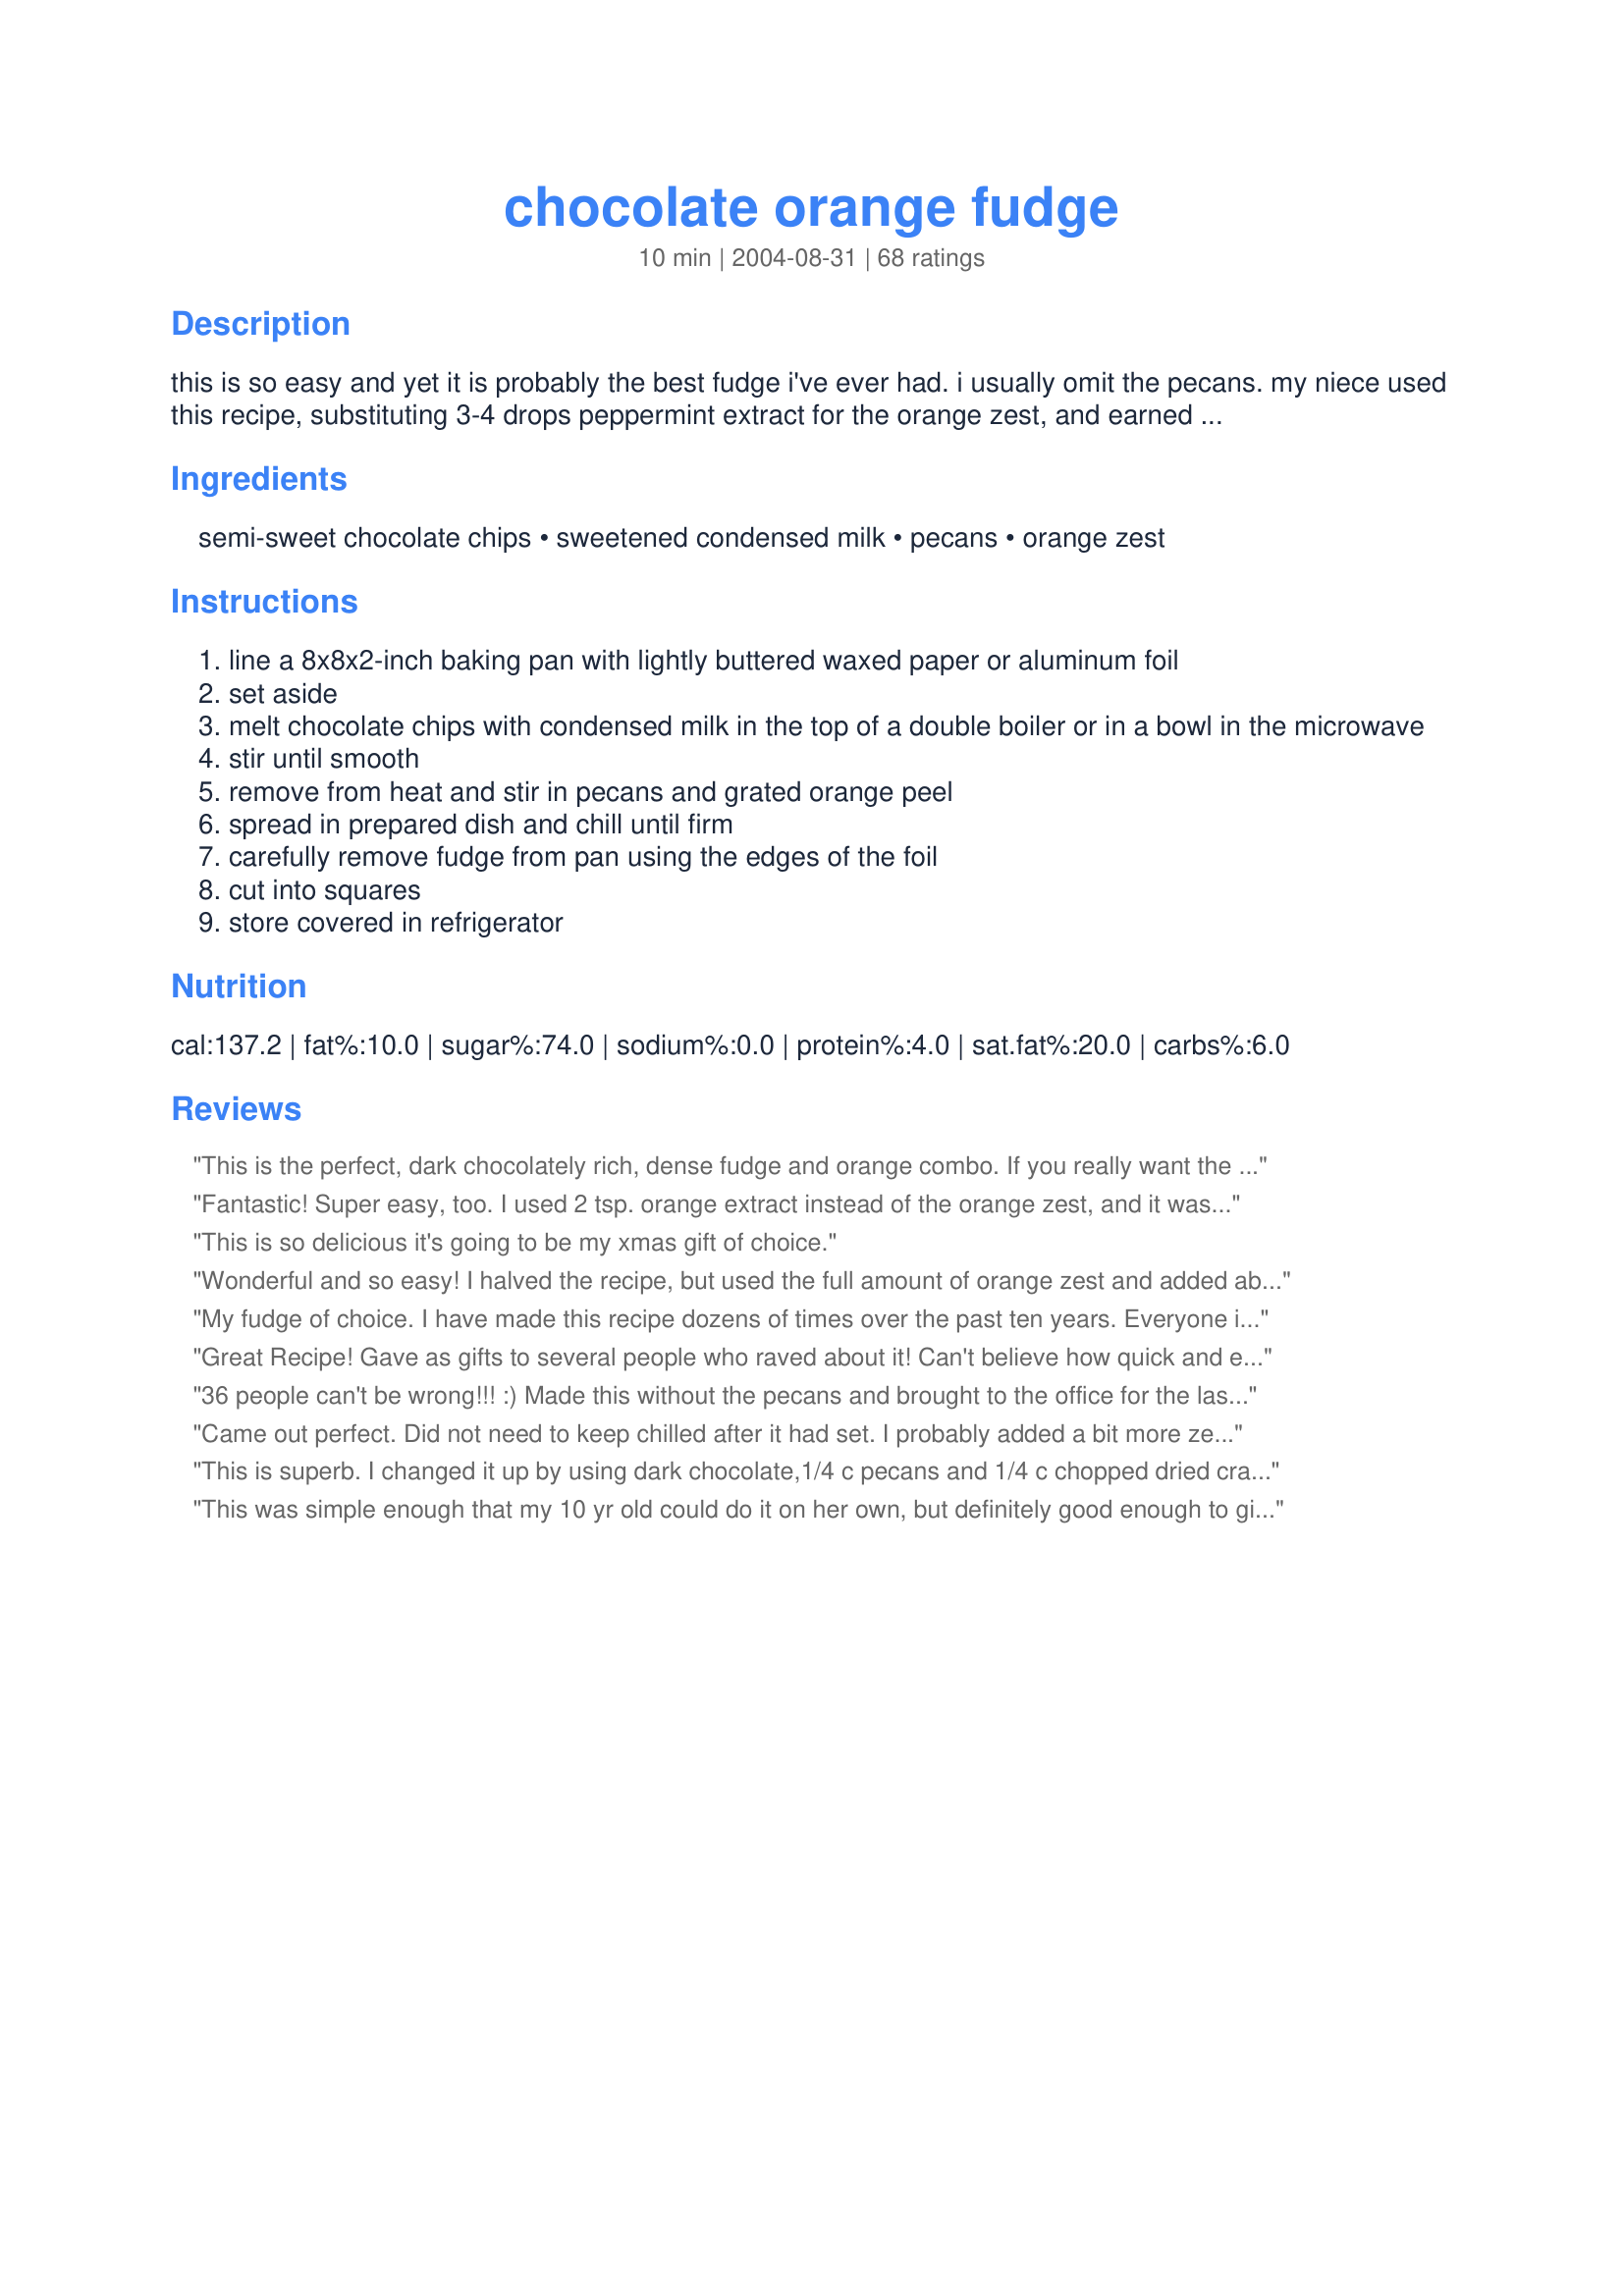
chocolate orange fudge
Preparation time: 10 minutes

this is so easy and yet it is probably the best fudge i've ever had. i usually omit the pecans. my niece used this recipe, substituting 3-4 drops peppermint extract for the orange zest, and earned a blue ribbon at the county fair. even my 12-16 year old 4h girls had no problems making it. note: make sure you use fresh orange zest. dried will make the fudge bitter. also make sure you don't get any of the bitter white part of the rind when you are zesting your orange.

Ingredients:
semi-sweet chocolate chips, sweetened condensed milk, pecans, orange zest

Steps:
line a 8x8x2-inch baking pan with lightly buttered waxed paper or aluminum foil
set aside
melt chocolate chips with condensed milk in the top of a double boiler or in a bowl in the microwave
stir until smooth
remove from heat and stir in pecans and grated orange peel
spread in prepared dish and chill until firm
carefully remove fudge from pan using the edges of the foil
cut into squares
store covered in refrigerator

Reviews:
This is the perfect, dark chocolately rich, dense fudge and orange combo. If you really want the orange to give a punch, I suggest adding 3 teaspoons of orange zest. Make sure your orange zest comes from an orange with thick, ripe skin.

I have been making this recipe for 3 years now and found that I have to melt the chocolate chips first and then add the milk. Otherwise it gets too thick and I cannot mix it.

My husband melted the chips and I added the milk and orange peel. 

We had to work quickly once the milk went in because it does thicken. We spread it in a baking dish lined with parchment paper and let it chill for 2 hours before cutting. I love the truffles idea and am going to attempt to do that with our next batch. Thanks!
Fantastic! Super easy, too. I used 2 tsp. orange extract instead of the orange zest, and it was perfect. I made one batch without nuts and used chopped walnuts for the other, since it was what I had on hand. Today, I am going to try and make a mint variation. Thanks for the recipe, Marg!
This is so delicious it's going to be my xmas gift of choice.
Wonderful and so easy! I halved the recipe, but used the full amount of orange zest and added about 1 teaspoon of Triple Sec. After chilling, I rolled into truffles and then in cocoa powder. Served on a bed of mini chocolate chips and long, thin orange zest shavings, they were a hit! I can't wait to try them with other flavors; thank you!
My fudge of choice. I have made this recipe dozens of times over the past ten years. Everyone is correct that it disappears. I bring the ingredients to work and and make in my microwave I have there. It amazes everyone to see it made. For gifts I cut it into squares and roll those into truffle balls then roll in or sprinkle with cocoa powder. It makes a very elegant gift that way. I use 3 - 4 drops of Orange Oil by Nature's Flavors when I am making orange fudge, but Nature's Flavors has so many wonderful oil concentrates the possibilities are endless. Please try this fudge. You'll never make another.
Great Recipe! Gave as gifts to several people who raved about it! Can't believe how quick and easy this recipe was. Thanks for posting!
36 people can't be wrong!!! :) Made this without the pecans and brought to the office for the last day of work before Christmas... these were gone within minutes!! (Glad I kept a few at home!! ;) - this is easy, sweet and oh so good!! Thanks Marg for a fudge recipe that I will be making again and again!! :)
Came out perfect. Did not need to keep chilled after it had set. I probably added a bit more zest than listed.
This is superb. I changed it up by using dark chocolate,1/4 c pecans and 1/4 c chopped dried cranberries num num
kpb
This was simple enough that my 10 yr old could do it on her own, but definitely good enough to give for gifts. The first time we used grated orange peel (the kind in a jar in the spice aisle) and the orange flavor was barely discernable. The next time we tried fresh orange zest and it was better. I have some orange extract and we'll try adding a dash of that next time, since we're all huge chocolate-orange fiends and like the stronger flavor combo. Orange taste or not, this is a simple but very good fudge, very smooth and not overly sweet (we used a combination of semi-sweet and milk chocolate chips). We haven't tried the pecans yet but I'm sure one of these times we'll toss them in as well. Thanks so much for posting!
YUM!!! This was so good that we ate almost the whole batch in one night. I did have a bit of trouble initially trying to get the chocolate and condensed milk to melt and smoothen but I think it was because I had the double boiler on too high of a temperature. Oh well, the taste was still the best, and it was so simple to put it together. I will definately be making this again.
This fudge is delicious! I have never made fudge before. I've always been too scared to try. This seemed easy enough, and it was! I will definitely make this again. Thank you for a great recipe.
This is amazing! I brought half a batch in to work yesterday, and it was gone in minutes! I brought the other half today and it disappeared! My mother, who is very picky, loved it, and I'm making two batches for a friend's sweet trays for their wedding. I used orange flavour instead of zest. I'm going to try Cointreau in the next batch. Our cans are 12oz, so I used 2 cups and a handfull of chips and it worked beautifully. Melted in a glass measuring cup in the microwave. Thanks!

Update: I just made a batch of these with zest, and the orange flavour really comes through. I'm finding the two cups and a handfull too little though. I'm going to bring it up to 2 1/2 cups of chips with our 10oz can so they don't get so soft if you leave them out for a bit. Still taste amazing.
I made this just as directed and I LOVED the flavor. Not sure I am 100% fan of the consistancy...I like my fudge a little more firm. But, have decided to make another batch and cook it a little longer to see if that makes a difference.
Just made this plain for a first run. Creamy, and yummy. So easy. Next time I'll add nuts, and will like it even better. Thank you, I told Mom I'd do fudge for Dad because she just had surgery. With a baby it was going to have to happen after he was in bed. This was so easy, I made it while he played on the floor. He saw the chocolate chips and started to scream (Mom gave him one last time we stopped by when I was doing laundry). He likes fudge now, too. Lucky for him I make it whenever Dad needs a fix, and at Christmas, but not weekly. This was so easy it could be made weekly, but then I would really gain weight.:)
Really really nice. The only thing is that it didn&#039;t settle enough for me to cut pieces. That is probaby because I used a little more milk (400g can).
Fantastic recipe! Very easy to follow, even for a rubbish cook like me, and the result was amazing! I can&#039;t wait to use this recipe again and experiment with flavours! Can&#039;t recommend it highly enough.
This was my first try at making fudge and it couldn't have been easier. I used the microwave and added 2 teaspoons orange extract. I omitted the pecans, this is a keeper!
wow, so good and so easy! I found that letting the fudge set in the refrigerator overnight made a big difference in the texture, even after it was brought back to room temp. I used dried cranberries in place of the nuts - orange cranberry fudge!!! Thanks for a really nice recipe.
With how much my family enjoyed this fudge, I wish I actually had a sweet tooth. They raved over this. Was planning on orange, but everyone wanted me to make peppermint.
Super recipe!
This recipe is so simple and good. I made 2 batches today, one with orange zest and Cointreau, the other one with Chambord, and instead of pecan (the only kind of nut I don't like too much), I added chopped walnut and almond. Turns out very well. This will definitely be one item in my xmas gifts.
I really liked the simplicity of this recipe. I doubled it and made half peppermint (4teas peppermint extract) and half with pecans. I never added any orange flavoring. It adapted well. This was a big hit at Christmas!
Just fantastic!
Incredible!!! So many people raved about this fudge (which I have made twice in a week already!) and I felt a twinge of guilt about the fact that it only took about five minutes to prepare, from start to finish!!! I have made fudge in the past which entailed a lot of time and fuss, and all I can say is that nothing compared to the ease, simplicity and taste of this recipe! Instead of using orange zest, I used 1 1/2 tsp of orange extract, and it tasted just like Chocolate Orange confectionery that can be bought in the candy section of grocery stores! (but softer)! I placed the condensed milk and Chocolate chips in a bowl, mixed it together, then nuked it in the microwave at power level 7 for three minutes. After mixing it with a wooden spoon until it was smooth and blended, I added the extract. So easy! This recipe will readily lend itself to experimentation. (and I WILL be experimenting!) Maybe next time I'll use white chocolate chips with almond extract, or maybe peanut butter chips! Thank you so much for posting, Marg!
I wouldn't really describe the end product of this recipe as fudge but everyone who tried it couldn't get enough of it. My friend won't let me make anymore bcos she's addicted to these and i'm spoiling her diet; Lol! I hadn't got any pecans so i omitted them and added 1/2 teaspoon of chilli powder (sounds weird but it honestly tastes good). Thanks for this fabulous recipe!
A truly decadent fudge. This fudge held its shape nicely and had a nice, smooth texture (not gritty). LOVE the orange. It made it taste similar to orange sticks. Yummie!!! I made three different fudges (#4075 & #68659) and this was my favoriate by far. Thanks, Marg.
I made two different fudge recipes for Christmas this year. The first go-round the fudge was made from scratch and was tedious to make. My family loved it and It turned out nice and creamy. Then I made this recipe. Wow..my family LOVED it and our friends begged for more. They raved about how the fudge just melted in your mouth with rich chocolaty flavor - then the orange kicked in! Sort of a one-two punch of tasty delight! I made lots of it for Christmas gifts and I cut it into big hunks, wrapped it in plastic wrap, put a beautiful ribbon around it and included a clear plastic knife for cutting off your own pieces. It was fudge to be proud of. From now on, this is the fudge I'll be making for gift giving. Quick and easy. What could be better? Oh yeah...don't forget the walnuts! Yum! Thanks Marg for submitting this wonderful recipe.
although, this candy had a great orange flavor, we didn't care for this. It's not what I consider fudge. My husband thought it was more on the chewy side. I also don't care to keep my fudges refrigerated. When I took it out of the refrigerator, the chocolate melted on our fingers. Sorry, I was really hoping to love this, seeing how it is so easy.
WORST fudge recipe I have ever had the misfortune of making! It gets one star from me because it apparently worked for other people. This garbage did not set properly, even after over 15 hours. Do NOT make this recipe unless you are willing to risk the colossal waste of time and money.
This was incredibly truly so yummy that my dad has requested me to make it every alternate weekend for dessert!! Truly a keeper:) Thank you very much for sharing!
It's amazing what a few ingredients can produce. I used 2 c bittersweet and 1/2 c semi-sweet and skipped the pecans. I will use this recipe from now on. Thanks!
Creamy, but way too sweet. Easy one to make!
What could possibly be easier -- and yet be so dang delicious??? I only add to what others have said -- what an easy fudge recipe -- and yes it DOES have feet because it truly can "walk off the plate". I used the grated orange zest and added a couple drops of orange extract. Peppermint is next!!!! Thanks Marg for sharing this recipe with all of us.
This gets credit for being easy but just didn't do much for me. Maybe using milk chocolate chips would have made it better. I hoped the sweet milk would sweeten up the chocolate but it really didn't and then the orange seemed to make the judge bitter. I love orange chocolate but I won't be making this again.
So easy and yummy. The first time I made it I used 1 bag of chocolate chips. It was good, but not as good as when I made it again and used the full 2 1/2 cups. I also omitted the nuts.

I have also melted the chocolate and condensed milk together then split the batch in half and made half peppermint and half orange. It's good both ways.
I absolutely love how easy this is to make and it's really creamy and rich. I'm not crazy about orange and chocolate so I substituted about 3tsp of Peppermint extract (I say "about" because I was making a double batch and 6 tsp was almost the whole bottle of extract so I just dumped the rest in :) )Then I topped it with crushed peppermint pieces and OH MY GOSH!!! it was so good. I had to keep hubby and daughter off of it since I was making it as gifts..I let them have SOME, I'm not that mean. I was trying this out because I was wanting something that was easy but looked impressive and tatsed great to make for teachers and I definitely found it! This is going in my permanent file.
Cadbury Orange Chocolate hello! This recipe is so easy a child could make it and it would turn out. It disappeared as fast as it was made. I used orange extract, 2 tsp., what flavor. I used my microwave for 2 min., mixed it up well with the extract, put it in the pan and let cool, then covered with foil and put it into the frig. 2 hrs. later it was set and ready. My son, husband, daughter-in- law and 3 teenage boys devoured all of it. Thank you very much.
Just a very easy yet excellent fudge to make. I used the pepermint extract (about a teaspoon) and it was great. Love easy and good stuff like this. Thanks for the post.
this is so creamy it practically melts in your mouth. We loved the hint of orange in this too. Great addition to our holiday trays. Thank you.
I made this for a chocolate party at work and both DH and I liked them (I made both the orange and the peppermint variety). I used zest from freshly picked oranges, yet we barely could detect the orange flavor. I used a 1/2 teaspoon of peppermint extract, and also had difficulty in identifying the flavor....so I added another 1/2 tsp. It seemed to work better. With the orange zest, I added chopped pecans, and nothing to the peppermint variety. We both liked the orange flavor better, albeit faint. It may be the nuts that drew us to that decision. All in all, it was a very good recipe, but not out of this world. This is an easy recipe to follow and to make. Thanks for posting, Marg.
I made this for the holidays and it was a big hit! This has now been added to my regular baking goodies. :-)
Wow - this fudge is wonderful! What could be better than an easy recipe with great results?! I used pure orange extract instead of the orange zest and it turned out great! Thanks for sharing - will make again!
I really enjoyed this fudge. Simple. Easy. Quick. I used dark chocolate and walnuts. I rate 4 stars as a recipe that I would do again and share with others. 5 stars is something I'm dying to make again and add to my home cookbook. The only reason I didn't do 5 stars is becuase I like the texture of Mackinaw Island fudge the most (which the make on cooled granite stone). Thanks for sharing!
This actually came out much better than I anticipated. I made it with orange extract and walnuts. I usually spend a ton of time each December baking like mad for my staff, but this year I didn't have time, so I sought out easy recipes. This was SO quick in the microwave. After the first batch, I decided I wanted mocha, too, so I made a batch and left out the orange extract. I added an individual packet of instant coffee to the milk before heating, and it came out perfect. Thanks for the simple recipe I can use year after year.
Perfect, easy orange fudge!! I skipped the nuts and the fudge was smooth and creamy, just wonderful. I chilled in the fridge for about an hour and then easily cut into bite-size pieces and returned them to the fridge for safe keeping - they turned out beautifully. The only trouble will be keeping them around long enough to share for Christmas... can't keep anyone out of them! Really great recipe, I plan to make the peppermint too!
WONDERFUL fudge! What a wonderful marriage of flavors! I did add an extra teaspoon of freshly grated zest, left out the nuts and used milk chocolate chips rather than the semi sweet. Made it for a dinner party, and it was a HUGE hit! I would recommend refrigerating over night or at least eight hours. I did mine for four and they were still slightly gooey. But still scrumptious! And the flavor of the orage did seem to come out more the next day. I don't know why. But Yummy!
Quick and easy ~ and delicious! I made a 2-layer chocolate and peanut butter fudge ~ pairing this fudge (used 1 tsp vanila extract instead of the orange zest) with Recipe #115656.
This was good, but the texture is different than typical fudge. This is absolutely smooth, without the grainyness I associate with fudge. I left out the orange zest and just left it chocolate and nuts. Next time I will use a blend of milk and dark chocolate.
I made this without the nuts too... Wonderful ! Smooth, and deceptive... it sets very solid, so I was a bit worried, but cuts easily with a decent amount of pressure (I didn't break my hand doing it) and it was still melt in your mouth soft once you took a piece or ..um... 4 !!! Our family aren't fans of orange peel so I used two teaspoons of orange essence... could have been a bit stronger for our taste at least 'cos the orange was only a vague after-taste of orange instead of a more predominant flavour (which DH really likes) I'm itching to make this with the peppermint in it and might even try a mix with some Tia Maria one time or Bailies ?... this will be my recipe of choice when DD's school asks for bake sale things for fundraising since it's just embarrasingly easy and fast to make and you just know that kids will leave telling you that they need something until the evening before... Now, no stress, I will have this recipe on hand to whip up and save the day :) Please see my rating system, an excellently deserved 5 stars! Thanks !
UPDATE: I've made this 4 times recently and I added 3 Tablespoons of peppermint essence to get the strength that's perfect for us. Mint is the prefered flavour here so far... this stuff practically walks off the plate when you have guests, so I'll be making this often in the future. Thanks !
Strangely enough, this fudge hasn't set. It does taste quite nice though but there's no way I would be able take it out of the tin - I think we're going to have to resort to eating it with spoons!
Yes!
I made this tasty fudge last night. I love chocolate + orange, so I followed the recipe exactly...including the zest.
I couldn&#039;t believe how fast and easy it was. The texture was smooth, and the fudge was creamy, with a nicely balanced orange flavor. The toasted nuts added crunchy texture. What a win!
I was very glad I tried this fudge! It was quite easy to make, and although I did use orange extract (3 drops), it came out wonderful. I am going to experiment with other flavors as well. Thank you Marg! :)
This fudge tastes like a Cadbury Chocolate orange! I added a tsp vanilla extract and 1/2 tsp orange extract and 2 Tablespoons of butter. Delicious!
These are great for someone like me who can't have gluten! I used the peppermint extract, and they flew off the plate at a party I hosted.<br/><br/>My only thought, and this sounds a little silly perhaps: be sure you are using sweetened condensed milk and not evaporated milk, as the latter would yield terrible, wet results.
Very, very, very good!
Fantastic, whipped this up this morning before work. Made in microwave as per another reviewers suggestion 3 minutes on 70% power. Didn't even stir during this time. Mixed together beautifully. I used about a cup each of milk and dark chocolate and half a cup on peppermint chocolate & about 1/2 tsp peppermint essence. Its in the fridge chilling now & the whole process took only 5 minutes. From the taste on the spoon this is going to be great. Is supposed to be a gift for this afternoon, hope it makes it there!
I've made this about five times already and keep forgetting to review it. It is yummy and beautifully simple to make. I never used the pecans, but did add a tsp of orange extract. I'll have to try the other variations some time, but I just keep making this one because it is so good.
This was so quick and easy and the texture is perfect - so smooth. It cuts beautifully too. I just have to work on getting the flavor to how I like it. I think the idea of half milk-chocolate half semi-sweet is a good one. I tried peppermint instead of the orange flavor so that might have been part of the problem. The dark chocolate might have been a better compliment to the orange flavor.
This is great. This is actually the one thing my brother in law requested I make as soon as he returned from Iraq.
I also top it with an orange glaze. I mix powdered sugar, and milk, with food coloring and orange extract. It makes it colorful, and adds a little something extra.
This looks lovely - I can't wait to try it!
Awesome and soooooo easy! My 6 and 8 year old boys love to help make this and eat it too:) So far we like the peppermint extract the best. Four drops gave it a subtle peppermint flavor and 7 drops gave it a little more distinct flavor. Thanks for the great recipe!
I LOVE this fudge recipe!! It is very versatile. I made it once with only the choc. chips, condensed milk and 1/2 tsp of orange extract, once with the choc. chips, cond. milk, and 1/2 tsp of peppermint extract and crushed candycane on top, and once with choc. chips, cond. milk, and walnuts. I used Nestle choc. chips and Borden Sweetened Condensed Milk and it set perfectly. It was solid, yet creamy. What an easy, yet delicious recipe!!!!
This was wonderful, and SO easy to make. It came out beautifully....put a smile on all our faces!
VERY easy, and turned out soooo well. It's delicious. DH loves it. I made it with mint this time, but I can't wait to try it with orange, that's what we really want....and then every other possible flavour :) this is the first time I've sucessfully made fudge, and I am so happy I tried this recipe. Oh, I left out the pecans as well.
Just delicious fudgy fudge. This was enjoyed by young and old alike. I added chopped nuts and an additional drop of orange extract, as my grated orange zest fell a little short of the two teaspoons the recipe calls for. I'm going to try the mint too! Thank you for posting!
I used peppermint versus the orange. It turned out very well especially me being the novice baker. I could even make it. I took it to a potluck and people raved. Next time I will use a little less peppermint then suggested in another review. It came out a little strong
This is a real star of a recipe! Incredibly easy and everyone loves it! I also made it without the nuts and grated extra orange zest on top.
This is an easy, delicious recipe. I had 3 cups of chocolate chips left so I microwaved those with low-fat condensed milk at 30 second intervals until melted, then added 3 teaspoons of orange extract with the rest of the ingredients After pouring into a pan, I grated a little extra orange peel on top. This is a very good recipe for anyone that enjoys the taste of chocolate and orange together it makes a perfect addition to my holiday gift baskets! Thanks Marg for this great recipe.
